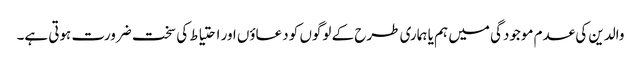
والدین کی عدم موجودگی میں ہم یا ہماری طرح کے لوگوں کو دعاؤں اور احتیاط کی سخت ضرورت ہوتی ہے۔